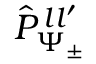
\hat { P } _ { \Psi _ { \pm } } ^ { \, l l ^ { \prime } }